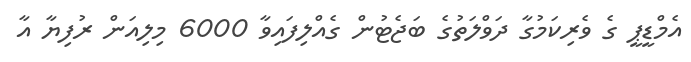
އެމްޑީޕީ ގެ ވެރިކަމުގާ ދަވްލަތުގެ ބަޖެޓުން ގެއްލިފައިވާ 6000 މިލިއަން ރުފިޔާ އާ